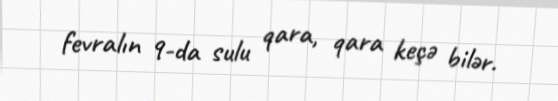
fevralın 9-da sulu qara, qara keçə bilər.